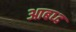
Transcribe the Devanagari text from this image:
आबध्द